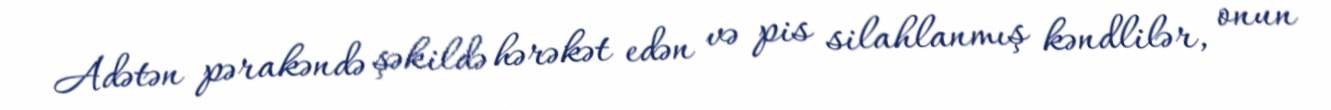
Adətən pərakəndə şəkildə hərəkət edən və pis silahlanmış kəndlilər, onun